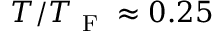
T / T _ { \mathrm { ~ F ~ } } \approx 0 . 2 5